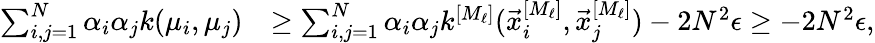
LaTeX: \begin{array}{rl}{\sum_{i,j=1}^{N}\alpha_{i}\alpha_{j}k(\mu_{i},\mu_{j})}&{\geq\sum_{i,j=1}^{N}\alpha_{i}\alpha_{j}k^{[M_{\ell}]}(\vec{x}_{i}^{[M_{\ell}]},\vec{x}_{j}^{[M_{\ell}]})-2N^{2}\epsilon\geq-2N^{2}\epsilon,}\end{array}